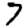
Digit: 7